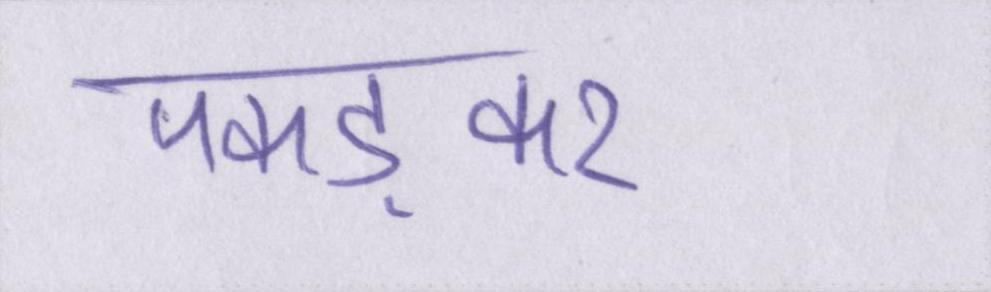
पकड़कर